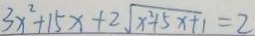
3 x ^ { 2 } + 1 5 x + 2 \sqrt { x ^ { 2 } + 5 x + 1 } = 2